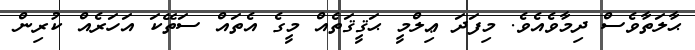
ޙާލަތާވެސް ދިމާވެއެވެ. މިފަދަ ޢިލްމީ ޙަޤީޤަތެއް މީގެ އެތައް ސަތޭކަ އަހަރެއް ކުރިން